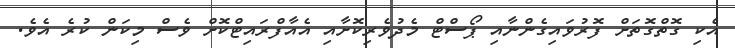
އެކި ގޮތްގޮތަށް ފޮރުވައިގެންނާއި ޕޯސްޓް މެދުވެރިކޮށާއި އެއާފްރައިޓްކޮށް ވެސް މިކަން ކުރެ އެވެ.